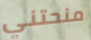
منحتني